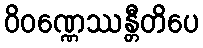
ဝိဝဏ္ဏေဿန္တီတိပေ